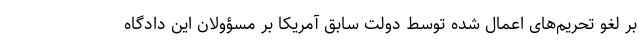
بر لغو تحریم‌های اعمال شده توسط دولت سابق آمریکا بر مسؤولان این دادگاه